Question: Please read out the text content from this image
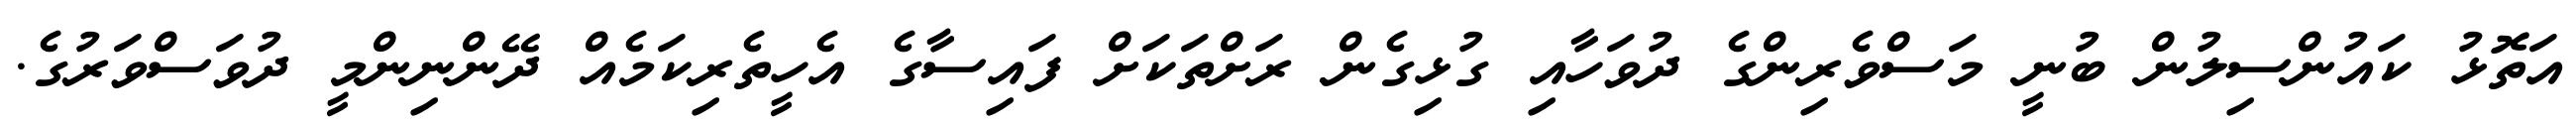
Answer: އަތޮޅު ކައުންސިލުން ބުނީ މަސްވެރިންގެ ދުވަހާއި ގުޅިގެން ރަށްތަކަށް ފައިސާގެ އެހީތެރިކަމެއް ދޭންނިންމީ ދުވަސްވަރުގެ.